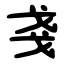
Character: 戔